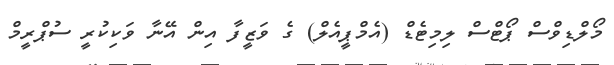
މޯލްޑިވްސް ޕޯޓްސް ލިމިޓެޑް (އެމްޕީއެލް) ގެ ވަޒީފާ އިން އޭނާ ވަކިކުރީ ސުޕްރީމް